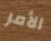
الأمر